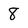
Character: 8